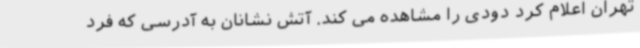
تهران اعلام کرد دودی را مشاهده می کند. آتش نشانان به آدرسی که فرد